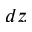
d z